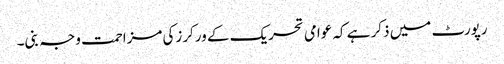
رپورٹ میں ذکر ہے کہ عوامی تحریک کے ورکرزکی مزاحمت وجہ بنی۔